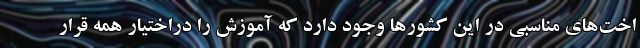
اخت‌های مناسبی در این کشورها وجود دارد که آموزش را دراختیار همه قرار